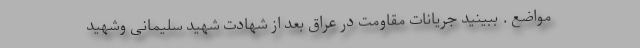
مواضع . ببینید جریانات مقاومت در عراق بعد از شهادت شهید سلیمانی وشهید